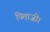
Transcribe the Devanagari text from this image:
पिताजी।